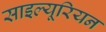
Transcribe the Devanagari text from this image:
साइल्यूरियन